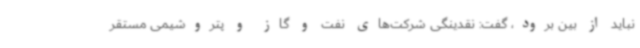
نباید از بین برود، گفت: نقدینگی شرکت‌های نفت و گاز و پتروشیمی مستقر